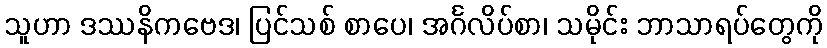
သူဟာ ဒဿနိကဗေဒ၊ ပြင်သစ် စာပေ၊ အင်္ဂလိပ်စာ၊ သမိုင်း ဘာသာရပ်တွေကို